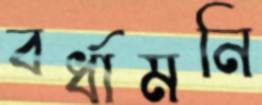
বর্ধামনি